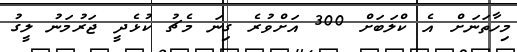
މިހާތަނަށް އެ ކްލަބަށް 300 އަށްވުރެ ގިނަ މެޗު ކުޅެދީ ޖަރުމަނު ލީގު